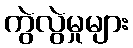
ကွဲလွဲမှုများ